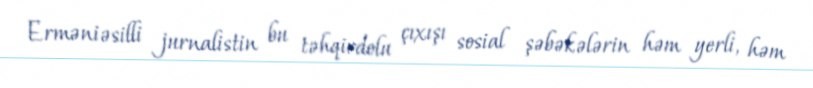
Erməniəsilli jurnalistin bu təhqirdolu çıxışı sosial şəbəkələrin həm yerli, həm